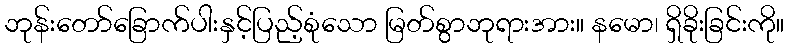
ဘုန်းတော်ခြောက်ပါးနှင့်ပြည့်စုံသော မြတ်စွာဘုရားအား။ နမော၊ ရှိခိုးခြင်းကို။